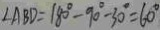
\angle A B D = 1 8 0 ^ { \circ } - 9 0 ^ { \circ } - 3 0 ^ { \circ } = 6 0 ^ { \circ }